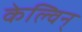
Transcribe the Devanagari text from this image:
केल्विन्